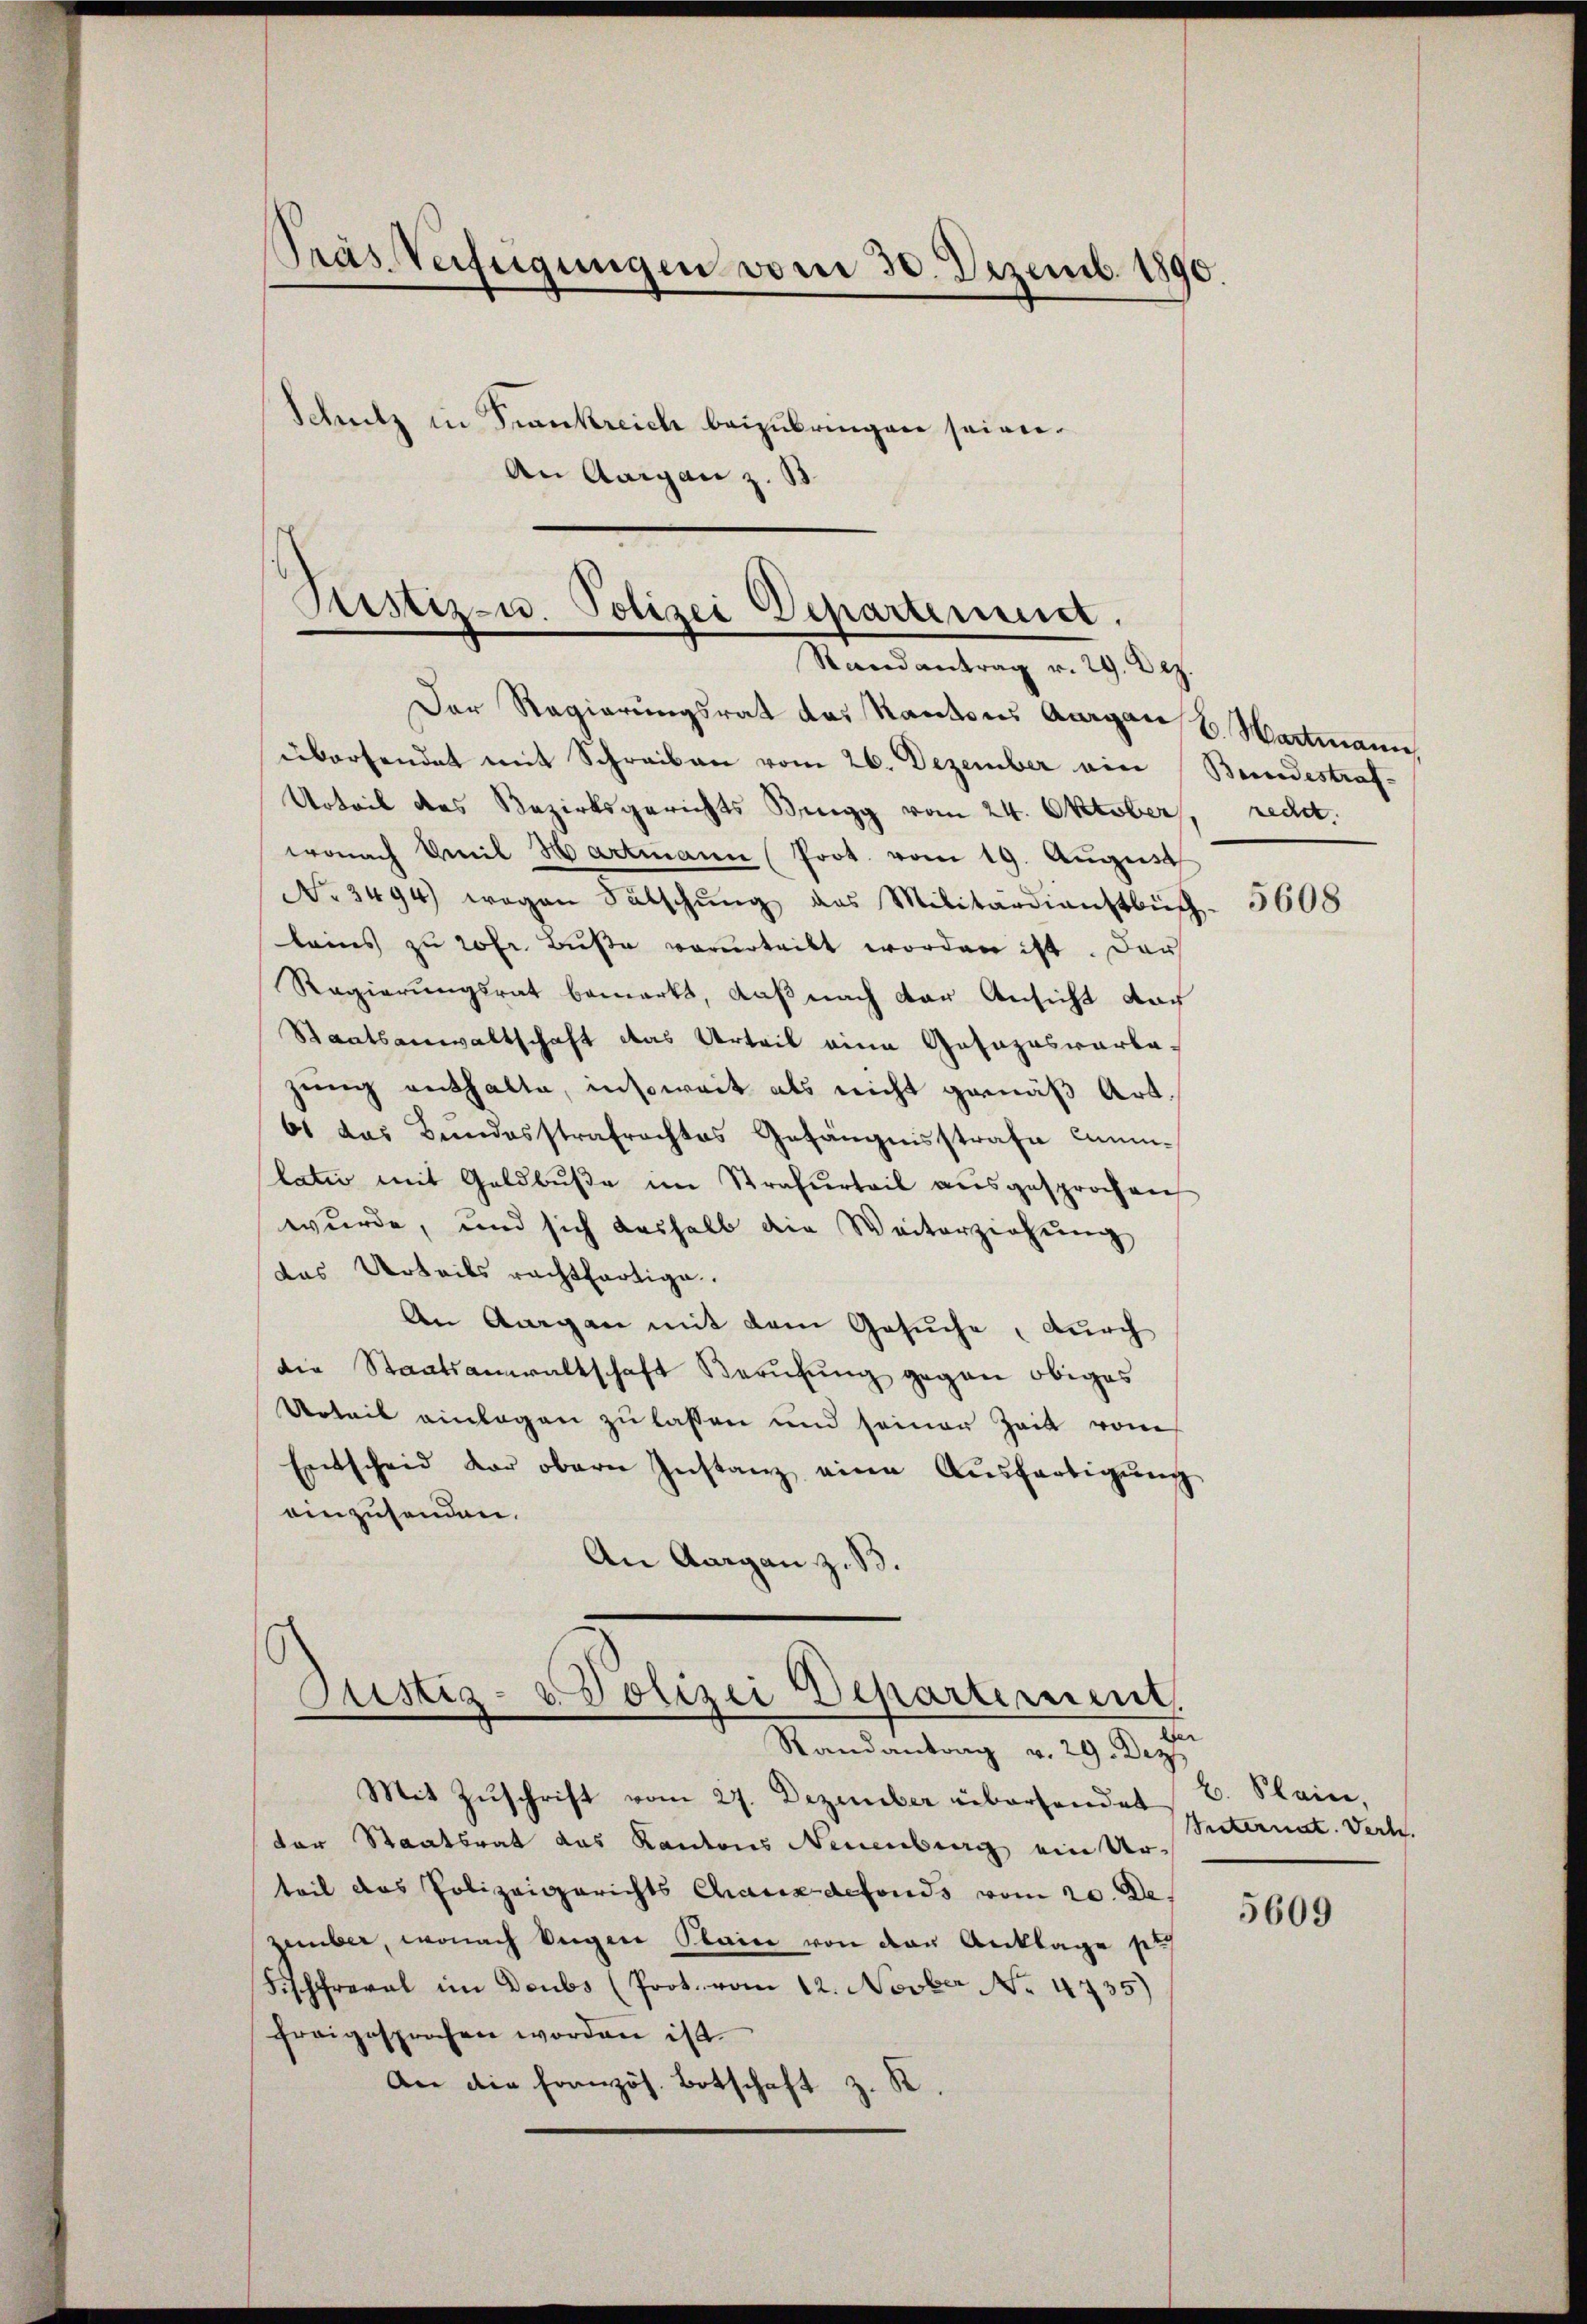
Tras Verfügungen vom 30. Dezemb. 1890.
Schutz in Frankreich beizubringen seien.
An Aargau z. B.

Justiz-u. Polizei Departement.
Randantrag v. 29. Dez.

Der Regierungsrat das Kantons Aargau B. Hartmann
übersendet mit Schreiben vom 26. Dezember ein Berordestraf¬
Urteil des Bezirksgerichts Bingg vom 24. Oktober, recht.
wonach Emil Hartmann (Prot. vom 19. August
No 3494) wegen Fälschŭng das Militärdienstbuch- 5608
leines zu 20fr. Buße vorurteilt worden ist. Dars
Regierungsrat bemerkt, daß nach der Ansicht dar
Staatsanwaltschaft das Urteil eine Gasazasvarba-
zung enthalte, insoweit als nicht gemäß Art.
6 das Bundesstrafrechtes Gefängnisstrafe emlatio mit Geldbuße im Strafurteil ausgesprochen
wurde, und sich deshalb die Weiterziehung
das Urteils rechtfertige.
An Aargau mit dem Gesuche, durch
die Staatsanwaltschaft Berufung gegen obiges
Urteil einlagen zu lassen und seiner Zeit vom
Entscheid der obern Instanz eine Aŭsfertigŭng
einzusenden.
An Aargau z. B.
Justiz- & Polizei Departement.
Randantrag v. 29. Dez
Mit Zŭschrift vom 27. Dezember übersendet B. Klein,
der Staatsrat das Kantons Neuenburg ein Ur-
teil das Polizeigerichts Chauxdefonds vom 20. De
zember, wonach wegen Plain von den Anklage pr
Fischfreval im Deubs (Prot. vom 12. Novber No. 4735)
freigesprochen worden ist.
An die Französ. Botschaft z. K.

Internat. Verh

5609